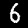
Label: 6